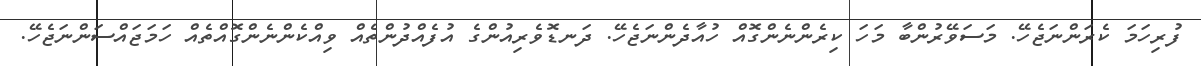
ފުރިހަމަ ކެރަންނަޖެހޭ. މަސަވޭރުންބާ މަހަ ކިރެންނެންގޮއް ހުއާދެންނަޖެހޭ. ދަނޑޮވެރިއުންގެ އުފެއްދުންތެއް ވިއްކެންނެންގޮއްތެއް ހަމަޖައްސަންނަޖެހޭ.